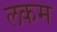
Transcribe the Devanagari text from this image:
लकम